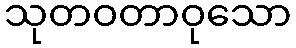
သုတဝတာဝုသော